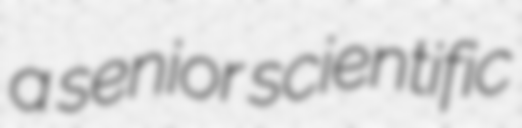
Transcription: a senior scientific